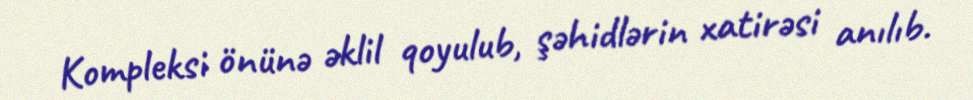
Kompleksi önünə əklil qoyulub, şəhidlərin xatirəsi anılıb.